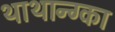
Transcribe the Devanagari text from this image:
थाथान्ग्का